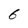
Character: 6